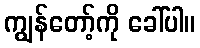
ကျွန်တော့်ကို ခေါ်ပါ။